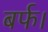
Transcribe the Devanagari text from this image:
बर्फ।